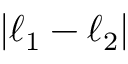
| \ell _ { 1 } - \ell _ { 2 } |